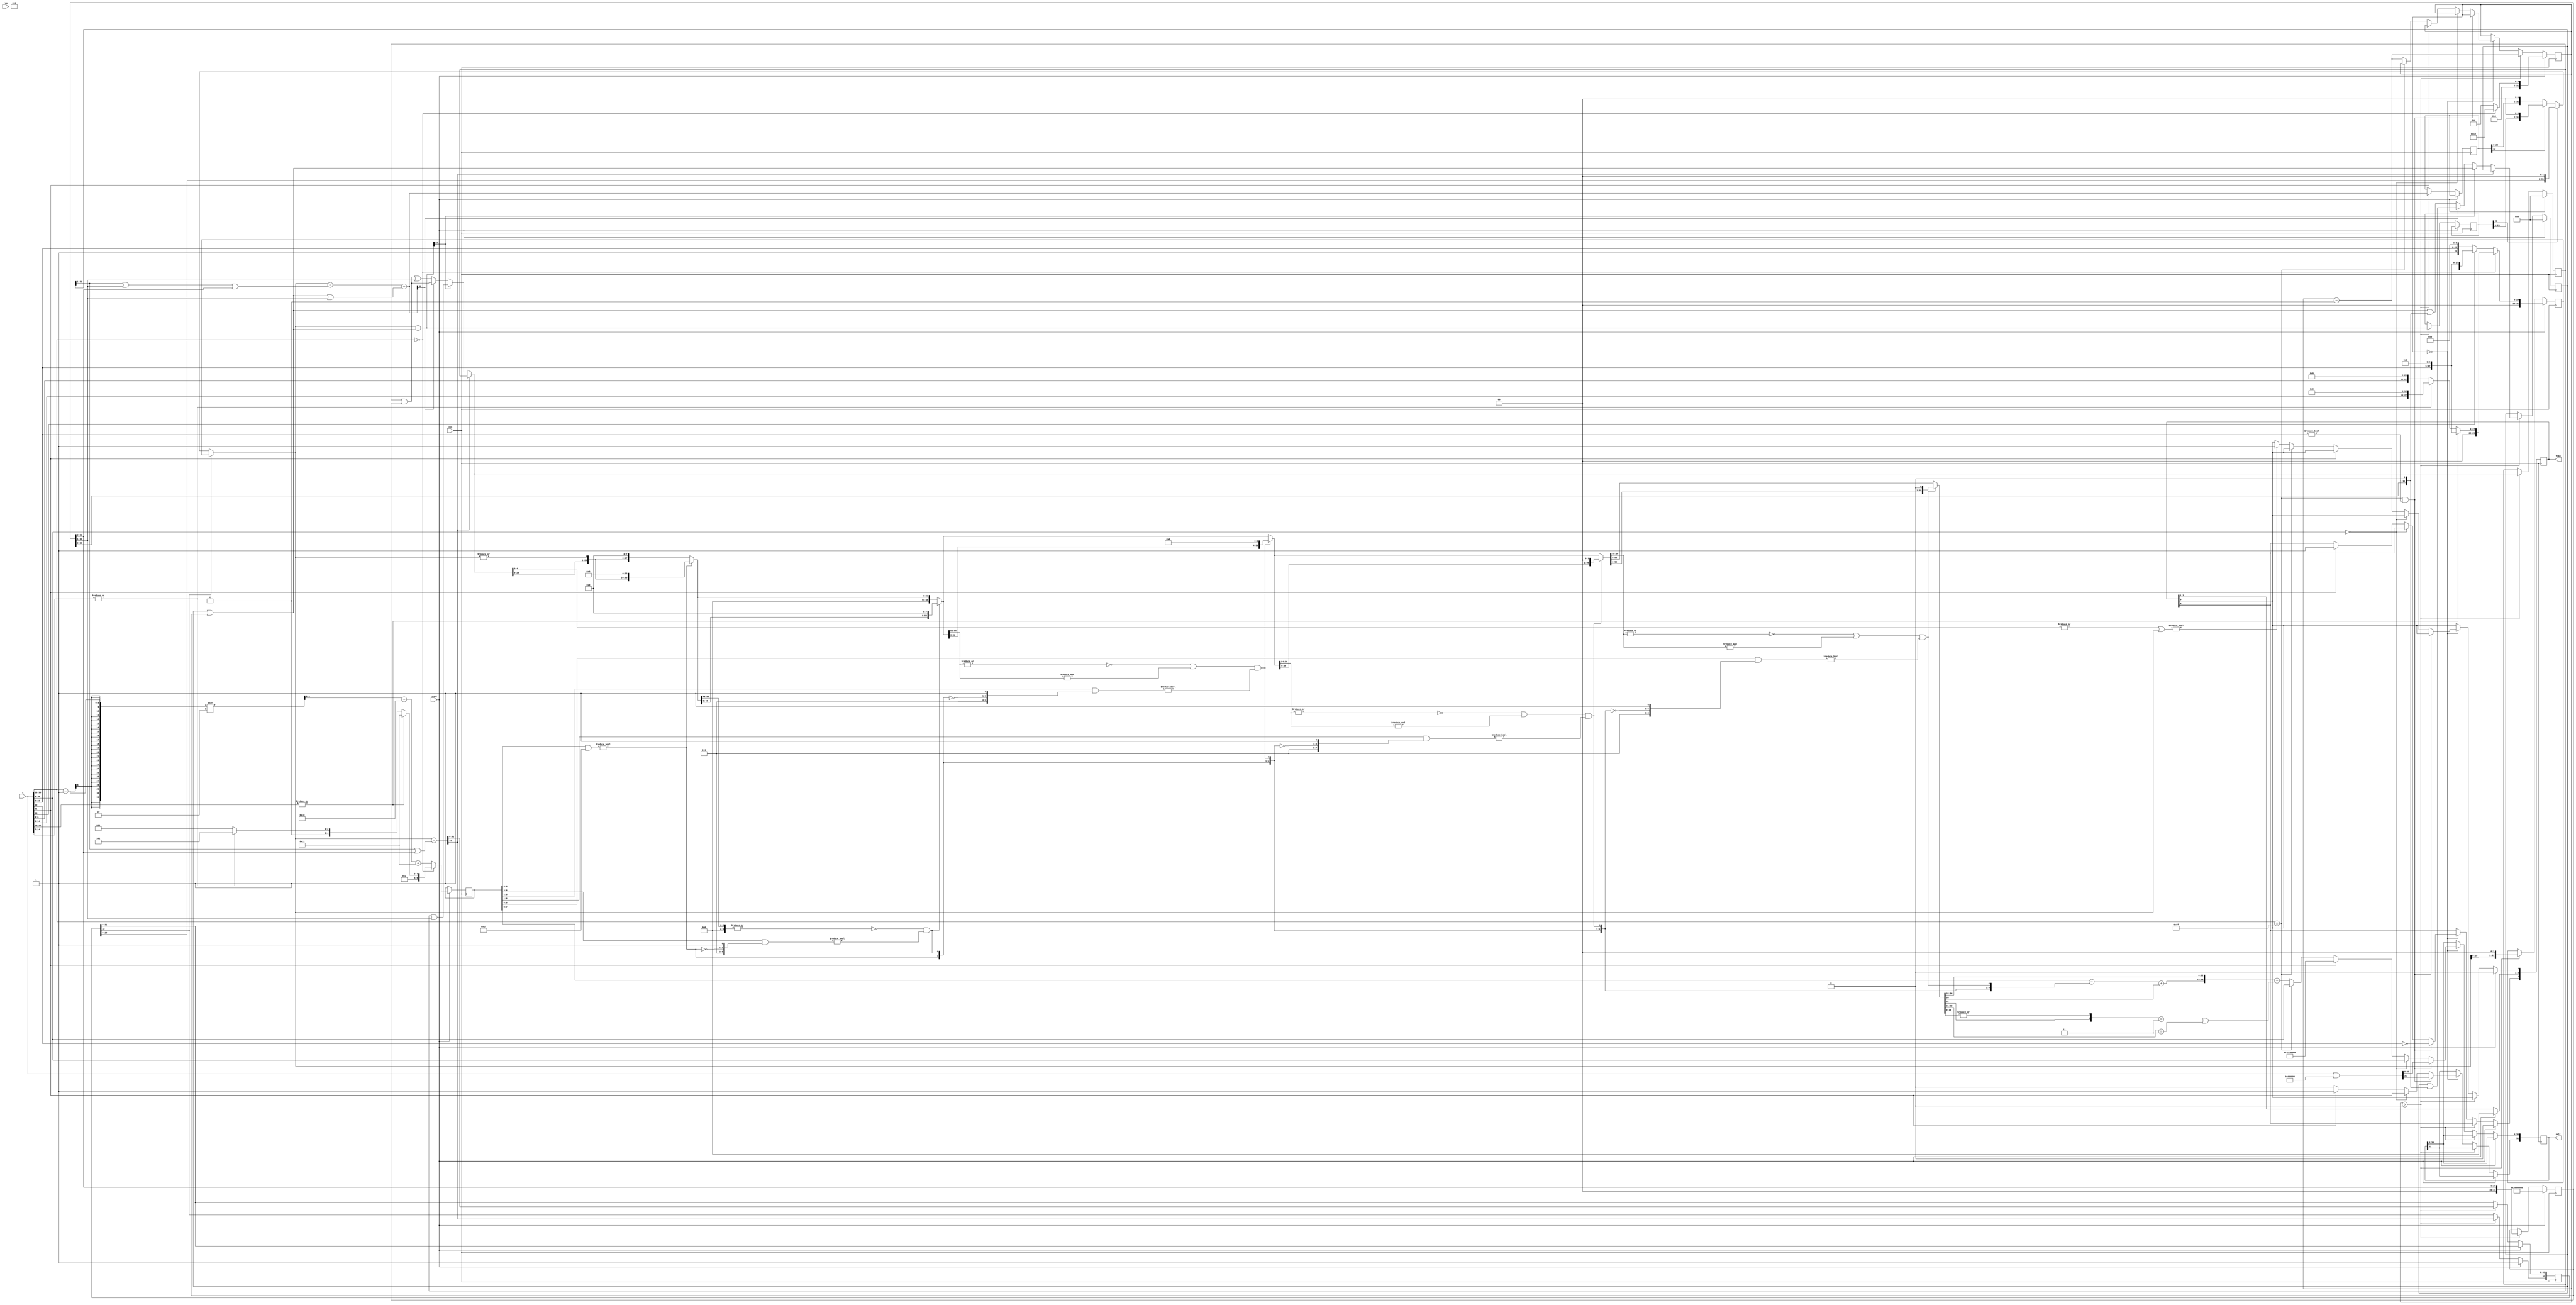
module fsqrt
  (
   input             clk,
   input             reset,
   input             req,
   input [31:0]      x,
   output reg [31:0] rslt,
   output reg [4:0]  flag
   );

   reg [31:0]        a;
   reg [31:0]        xl;
   reg [31:0]        yl;
   reg [31:0]        zl;
   reg [32:0]        tmp1, tmp2, tmp3;
   reg [9:0]         expr;
   integer           i;

   wire [31:0]       sx;
   wire [31:0]       sz;
   wire [31:0]       sa;

   wire [32:0]       tmp1s = {sx[31:0]}-(zl[31:1]|yl[31:2]);
   wire [32:0]       tmp2s = {sx[31:0]}-(zl[31:0]|yl[31:0]);
   wire [32:0]       tmp3s = {sx[31:0]}-(zl[31:1]|yl[31:1]|yl[31:2])-(zl[31:0]|yl[31:0]|yl[31:1]);

   assign sx = (tmp1[32]) ? xl :
               (tmp2[32]) ? {tmp1[31:0],2'b00}:
               (tmp3[32]) ? {tmp2[31:0],2'b00}:
               {tmp3[31:0],2'b00};

   assign sz = (tmp1s[32]) ? zl :
               (tmp2s[32]) ? zl| yl :
               (tmp3s[32]) ? zl|{yl,1'b0} :
               zl|yl|{yl,1'b0};

   assign sa = (tmp1s[32]) ? a :
               (tmp2s[32]) ? a|yl[31:1] :
               (tmp3s[32]) ? a|yl :
               a|yl|yl[31:1];

   wire [56:0]       nrmi,nrm0,nrm1,nrm2,nrm3,nrm4,nrm5;
   wire              rnd;
   wire [9:0]        expn;
   wire [30:0]       rslt_r;

   always @(posedge clk)begin   
      if(reset)begin
         a <= 0;
         yl <= {2'b01,{28{1'b0}}};
         zl <= 0;
         flag <= 0;
         if(x[30:23]==8'h0)begin
            if(|x[22:15])begin
               expr <= 64+17;
               xl <= {1'b0,1'b0,x[22:0],5'h00};
            end else if(|x[14:7])begin
               expr <= 64+17-4;
               xl <= {1'b0,1'b0,x[14:0],13'h0000};
            end else begin
               expr <= 64+17-8;
               xl <= {1'b0,1'b0,x[6:0],21'h0000};
            end
            i  <= 16;
         end else begin
            expr <= (x[30:23]-1)/2+64+17;
            i  <= 12;
            if(x[23])begin
               xl <= {1'b0,1'b1,x[22:0],5'h00};
            end else begin
               xl <= {1'b0,1'b1,x[22:0],6'h00};
            end
         end
         tmp1[32] <= 1'b1;
      end else if(i>0)begin
         tmp1 <= {sx[31:0]}-(zl[31:1]|yl[31:2]);
         tmp2 <= {sx[31:0]}-(zl[31:0]|yl[31:0]);
         tmp3 <= {sx[31:0]}-(zl[31:1]|yl[31:1]|yl[31:2])-(zl[31:0]|yl[31:0]|yl[31:1]);
         yl <= yl[31:2];
         xl <= {sx[29:0],2'b00};
         zl <= sz;
         a <= sa;
         i <= i-1;
      end else if(i==0)begin
         if((x[30:23]==8'hff)&(x[22:0]!=0))begin
            rslt <= x|32'h00400000;
            flag[4] <= ~x[22];
         end else if(x[30:0]==0)begin
            rslt[31:0] <= x[31:0];
         end else if(x[31])begin
            rslt[31:0] <= 32'hffc00000;
            flag[4] <= 1'b1;
         end else if(x[30:23]==8'hff)begin
            rslt[31:0] <= x[31:0];
         end else begin
            rslt[31] <= 1'b0;
            rslt[30:0] <= rslt_r;
            i <= i-1;
            if((|sa[4:0])|(sx))begin
               flag[0] <= 1'b1;
            end
         end
      end
   end

   assign rslt_r = {expn[7:0],nrm0[54:32]} + rnd;

   wire [5:0]  nrmsft;                                // expr >= nrmsft : subnormal output
//   assign nrmsft[5] = (~(|nrmi[56:24])|(&nrmi[56:24]))& (expr[8:5]!=4'h0);
   assign nrmsft[5] = 1'b0;
   assign nrmsft[4] = (~(|nrm5[56:40])|(&nrm5[56:40]))&((expr[8:4]&{3'h7,~nrmsft[5],  1'b1})!=5'h00);
   assign nrmsft[3] = (~(|nrm4[56:48])|(&nrm4[56:48]))&((expr[8:3]&{3'h7,~nrmsft[5:4],1'b1})!=6'h00);
   assign nrmsft[2] = (~(|nrm3[56:52])|(&nrm3[56:52]))&((expr[8:2]&{3'h7,~nrmsft[5:3],1'b1})!=7'h00);
   assign nrmsft[1] = (~(|nrm2[56:54])|(&nrm2[56:54]))&((expr[8:1]&{3'h7,~nrmsft[5:2],1'b1})!=8'h00);
   assign nrmsft[0] = (~(|nrm1[56:55])|(&nrm1[56:55]))&((expr[8:0]&{3'h7,~nrmsft[5:1],1'b1})!=9'h000);

   assign nrmi = {1'b0,{26{1'b0}},sa[28:0],(|sx),8'h00};
   assign nrm5 = (~nrmsft[5]) ? nrmi : {nrmi[24:0], 32'h0000};
   assign nrm4 = (~nrmsft[4]) ? nrm5 : {nrm5[40:0], 16'h0000};
   assign nrm3 = (~nrmsft[3]) ? nrm4 : {nrm4[48:0], 8'h00};
   assign nrm2 = (~nrmsft[2]) ? nrm3 : {nrm3[52:0], 4'h0};
   assign nrm1 = (~nrmsft[1]) ? nrm2 : {nrm2[54:0], 2'b00};
   assign nrm0 = (~nrmsft[0]) ? nrm1 : {nrm1[55:0], 1'b0};

   wire [1:0]  ssn = {nrm0[30],(|nrm0[29:0])};

   wire [2:0]  grsn = {nrm0[32:31],|ssn};

   assign rnd = (~nrmi[56]) ? (grsn[1:0]==2'b11)|(grsn[2:1]==2'b11)
                            : ((grsn[1:0]==2'b00)|                          // inc
                               ((grsn[1]^grsn[0])     &(grsn[0]))|          // rs=11
                               ((grsn[2]^(|grsn[1:0]))&(grsn[1]^grsn[0]))); // gr=11
   assign expn = expr-{1'b0,nrmsft}+nrm0[55]; // subnormal(+0) or normal(+1)

endmodule